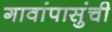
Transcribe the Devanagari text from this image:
गावांपासुंची